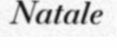
Natale